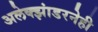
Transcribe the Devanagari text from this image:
अलेक्झांडरनेही